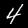
Label: 4